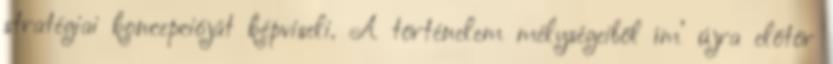
stratégiai koncepcióját képviseli. A történe­lem mélységeiből ím’ új­ra előtör